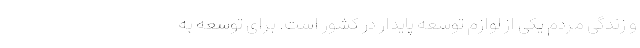
و زندگی مردم یکی از لوازم توسعه پایدار در کشور است. برای توسعه به